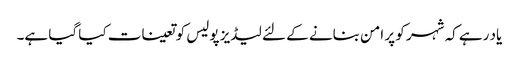
یاد رہے کہ شہر کو پر امن بنانے کے لئے لیڈیز پولیس کو تعینات کیا گیا ہے۔